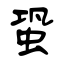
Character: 蛩